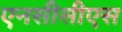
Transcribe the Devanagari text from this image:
एनसीसीएस